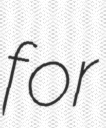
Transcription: for